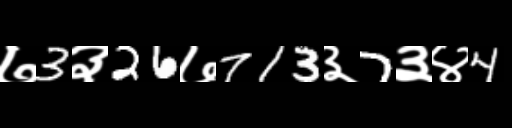
Text: ७3३26७713३7३४4